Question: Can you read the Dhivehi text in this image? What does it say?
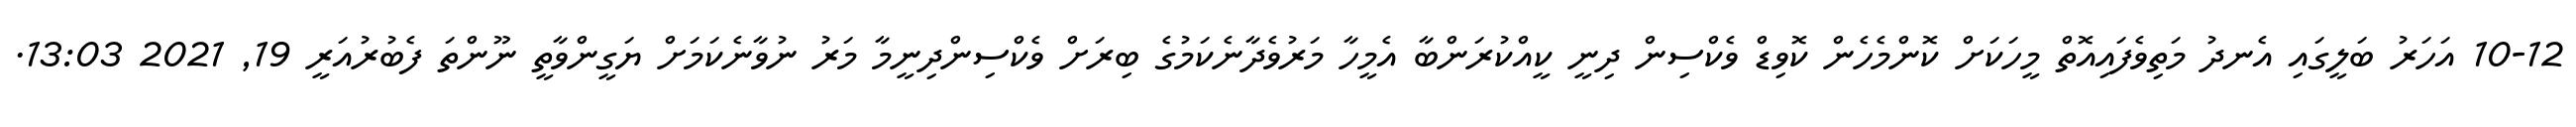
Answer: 10-12 އަހަރު ބަލީގައި އެނދު މަތިވެފައިއޮތް މީހަކަށް ކޮންމެހެން ކޮވިޑް ވެކްސިން ދިނީ ކީއްކުރަންބާ އެމީހާ މަރުވެދާނެކަމުގެ ބިރަށް ވެކްސިންދިނީމާ މަރު ނުވާނެކަމަށް ޔަގީންވާތީ ނޫންތަ ފެބުރުއަރީ 19, 2021 13:03.